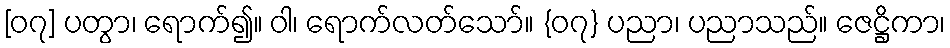
[၀၇] ပတွာ၊ ရောက်၍။ ဝါ၊ ရောက်လတ်သော်။ {၀၇} ပညာ၊ ပညာသည်။ ဇေဋ္ဌိကာ၊